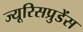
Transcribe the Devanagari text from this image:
ज्यूरिसप्रुडेंस